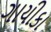
ગાયીકા